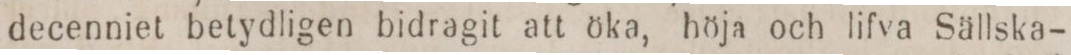
decenniet betydligen bidragit att öka, höja och lifva Sällska-